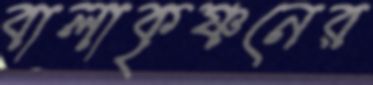
বালাকৃষ্ণনের